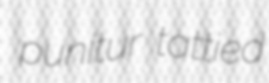
punitur tattied